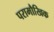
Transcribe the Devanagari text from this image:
परामौखिक